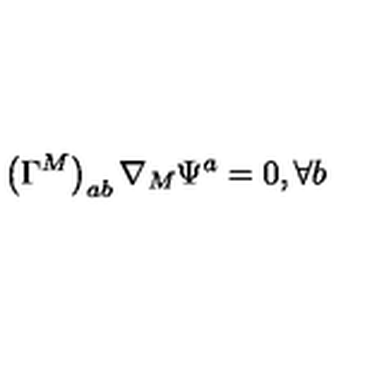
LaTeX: \left( \Gamma ^ { M } \right) _ { a b } \nabla _ { M } \Psi ^ { a } = 0 , \forall b